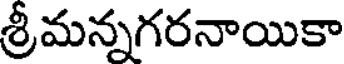
శ్రీమన్నగరనాయికా